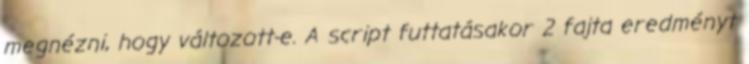
megnézni, hogy változott-e. A script futtatásakor 2 fajta eredményt